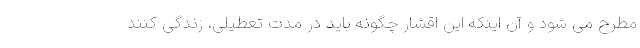
مطرح می شود و آن اینکه این اقشار چگونه باید در مدت تعطیلی، زندگی کنند